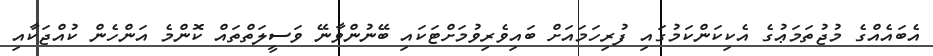
އެބައެއްގެ މުޖުތަމަޢުގެ އެކިކަންކަމުގައި ފުރިހަމައަށް ބައިވެރިވުމަށްޓަކައި ބޭނުންވާނޭ ވަސީލަތްތައް ކޮންމެ އަންހެން ކުއްޖަކާއި